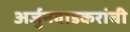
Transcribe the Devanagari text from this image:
अर्जुनवाडकरांची